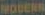
MODERN